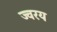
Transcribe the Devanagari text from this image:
ज्वरय